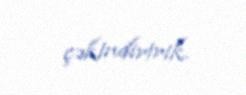
çəkindiririk.